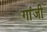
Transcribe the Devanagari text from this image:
गांजी